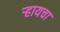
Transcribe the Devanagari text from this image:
र्‍हायचा